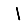
Digit: 1